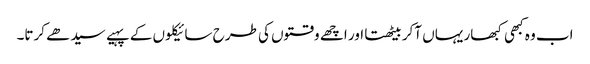
اب وہ کبھی کبھار یہاں آکر بیٹھتا اور اچھے وقتوں کی طرح سائیکلوں کے پہیے سیدھے کرتا۔